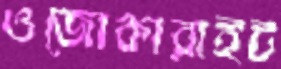
ওজোকারাইট